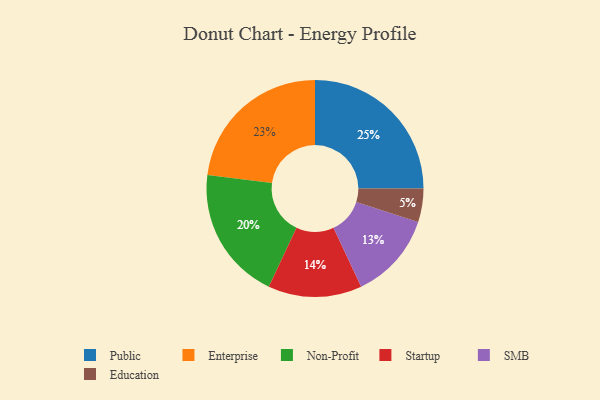
{"axis": {"x": "Category", "y": "Percentage"}, "legend": ["Education", "Enterprise", "Non-Profit", "Public", "SMB", "Startup"], "data": [{"x": "Enterprise", "y": 23, "type": "Enterprise"}, {"x": "Education", "y": 5, "type": "Education"}, {"x": "SMB", "y": 13, "type": "SMB"}, {"x": "Public", "y": 25, "type": "Public"}, {"x": "Startup", "y": 14, "type": "Startup"}, {"x": "Non-Profit", "y": 20, "type": "Non-Profit"}]}